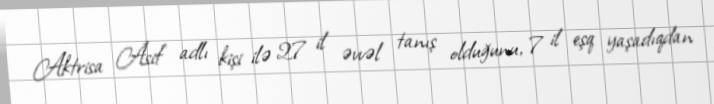
Aktrisa Asif adlı kişi ilə 27 il əvvəl tanış olduğunu, 7 il eşq yaşadıqdan